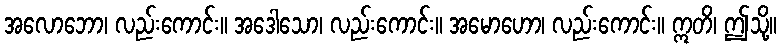
အလောဘော၊ လည်းကောင်း။ အဒေါသော၊ လည်းကောင်း။ အမောဟော၊ လည်းကောင်း။ ဣတိ၊ ဤသို့။